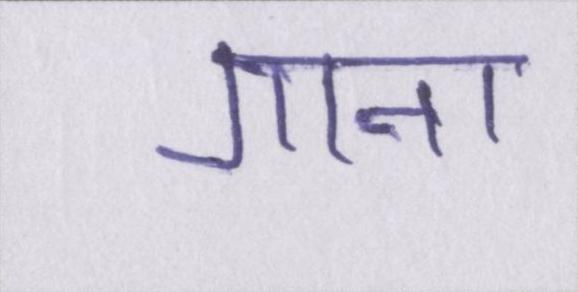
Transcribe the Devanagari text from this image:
गाना